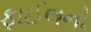
ફાઈલનો